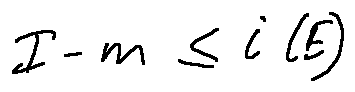
I - m \leq i ( E )